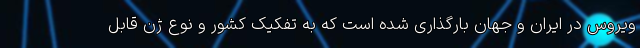
ویروس در ایران و جهان بارگذاری شده است که به تفکیک کشور و نوع ژن قابل